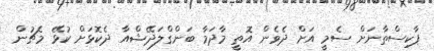
ޕާކިސްތާނަށް ސެމީ އަށް ދެވެން އޮތީ މާދަމާ ބަންގްލަދޭޝްއާ ދެކޮޅަށް ކުޅޭ މެޗުން